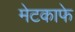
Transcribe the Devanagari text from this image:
मेटकाफे